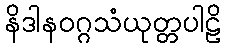
နိဒါနဝဂ္ဂသံယုတ္တပါဠိ